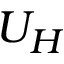
U _ { H }